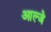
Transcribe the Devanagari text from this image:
आल्जे